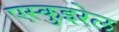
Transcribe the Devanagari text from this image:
एस्कुइरेल